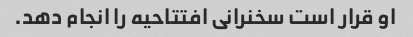
او قرار است سخنرانی افتتاحیه را انجام دهد.